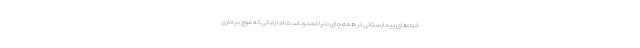
خت‌های بیمارستانی در همه جای دنیا محدود است اما زمانی که موج بیماری